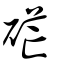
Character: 硭